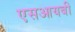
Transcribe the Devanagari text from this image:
एसआयबी